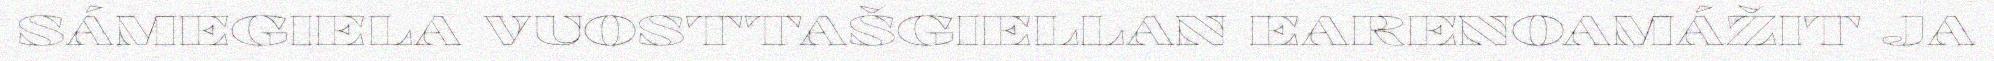
SÁMEGIELA VUOSTTAŠGIELLAN EARENOAMÁŽIT JA